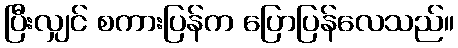
ပြီးလျှင် စကားပြန်က ပြောပြန်လေသည်။